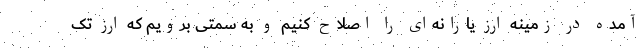
آمده در زمینه ارز یارانه‌ای را اصلاح کنیم و به سمتی برویم که ارز تک